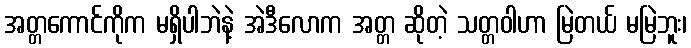
အတ္တကောင်ကိုက မရှိပါဘဲနဲ့ အဲဒီလောက အတ္တ ဆိုတဲ့ သတ္တဝါဟာ မြဲတယ် မမြဲဘူး၊